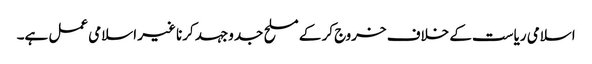
اسلامی ریاست کے خلاف خروج کر کے مسلح جدوجہد کرنا غیر اسلامی عمل ہے۔